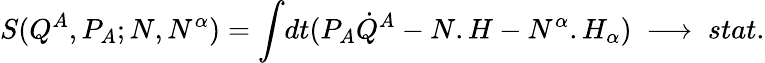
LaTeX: S(Q^{A},P_{A};N,N^{\alpha})={\int}dt(P_{A}{\dot{Q}}^{A}-N.H-N^{\alpha}.H_{\alpha})\ \longrightarrow\ stat.